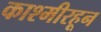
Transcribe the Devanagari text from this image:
काश्मीरहून